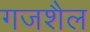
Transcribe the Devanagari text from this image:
गजशैल